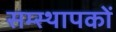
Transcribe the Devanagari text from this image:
सम्स्थापकों